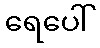
ရေပေါ်